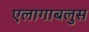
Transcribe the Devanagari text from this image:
एलागाबलुस